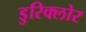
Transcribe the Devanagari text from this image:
डुरिक्लोर